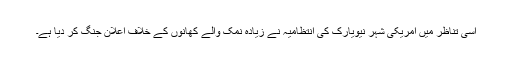
اسی تناظر میں امریکی شہر نیویارک کی انتظامیہ نے زیادہ نمک والے کھانوں کے خلاف اعلان جنگ کر دیا ہے۔